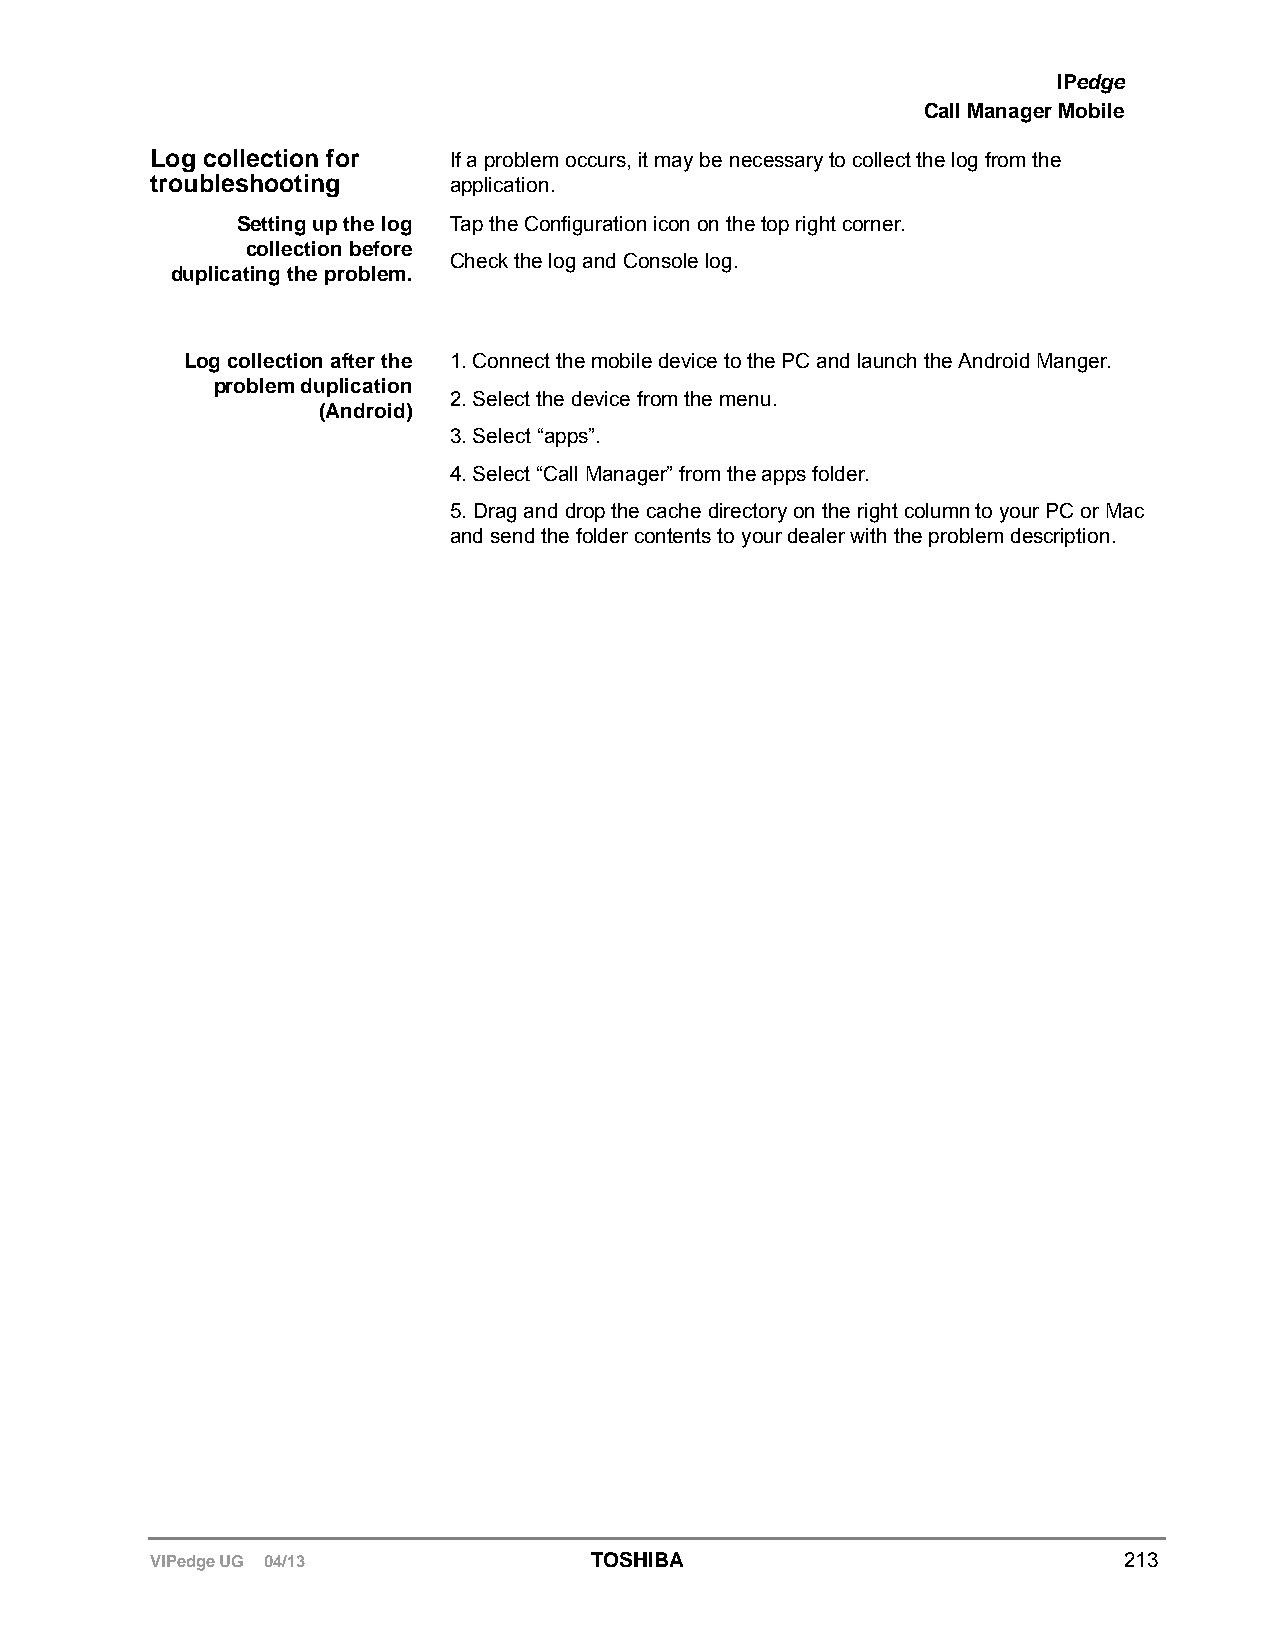
IPedge
 Call Manager Mobile
 Log collection for  If a problem occurs, it may be necessary to collect the log from the
 troubleshooting     application.
 Setting up the log Tap the Configuration icon on the top right corner.
 collection before
 Check the log and Console log.
 duplicating the problem.
 Log collection after the 1. Connect the mobile device to the PC and launch the Android Manger.
 problem duplication
 2. Select the device from the menu.
 (Android)
 3. Select “apps”.
 4. Select “Call Manager” from the apps folder.
 5. Drag and drop the cache directory on the right column to your PC or Mac
 and send the folder contents to your dealer with the problem description.
 VIPedge UG 04/13             TOSHIBA                            213